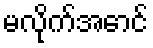
မလိုက်အောင်